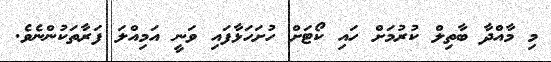
މި މާއްދާ ބާތިލް ކުރުމަށް ހައި ކޯޓަށް ހުށަހަޅާފައި ވަނީ އަމިއްލަ ފަރާތަކުންނެވެ.